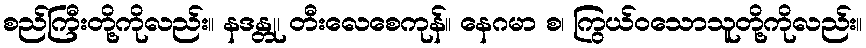
စည်ကြီးတို့ကိုလည်း။ နဒန္တု၊ တီးလေစေကုန်။ နေဂမာ စ၊ ကြွယ်ဝသောသူတို့ကိုလည်း။